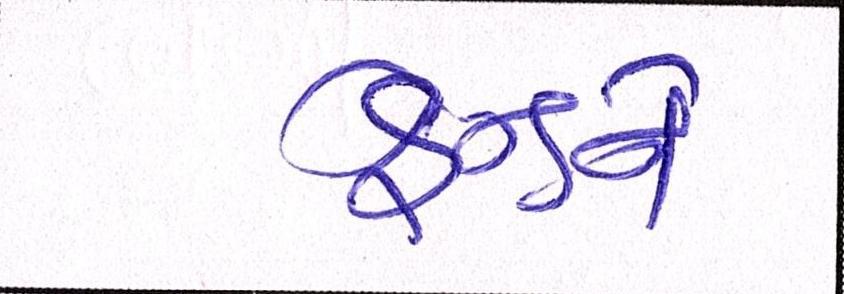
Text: ફ્રેન્ડને